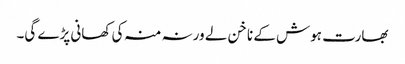
بھارت ہوش کے ناخن لے ورنہ منہ کی کھانی پڑے گی۔